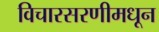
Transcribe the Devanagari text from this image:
विचारसरणीमधून